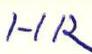
HR